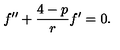
f ^ { \prime \prime } + \frac { 4 - p } { r } f ^ { \prime } = 0 .